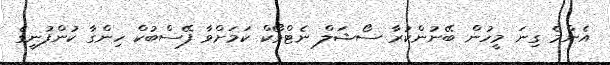
އެންމެ ގިނަ މީހުން ބޭނުންކުރާ ސޯޝަލް ނެޓްވޯކް ކަމަށްވާ ފޭސްބުކް ހިންގާ ކުންފުނީގެ